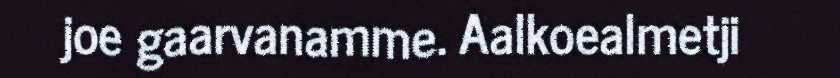
joe gaarvanamme. Aalkoealmetji